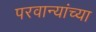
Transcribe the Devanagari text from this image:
परवान्यांच्या